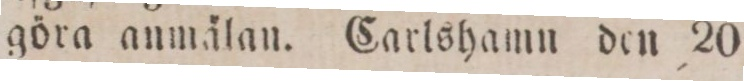
göra anmälan. Carlshamn den 20